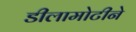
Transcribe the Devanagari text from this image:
डीलामोटीने